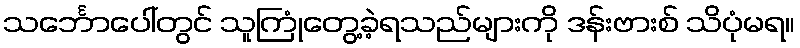
သင်္ဘောပေါ်တွင် သူကြုံတွေ့ခဲ့ရသည်များကို ဒန်းဗားစ် သိပုံမရ။